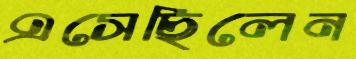
এসেছিলেন